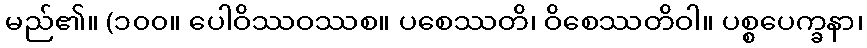
မည်၏။ (၁၀၀။ ပေါဝိဿဝဿစ။ ပစေဿတိ၊ ဝိစေဿတိဝါ။ ပစ္စပေက္ခနာ၊